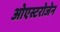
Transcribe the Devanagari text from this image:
ओएस्टरोजेन